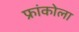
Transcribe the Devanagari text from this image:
फ्रांकोला